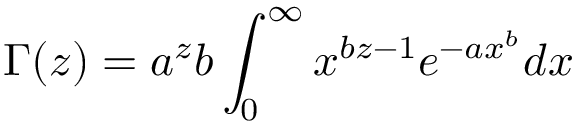
\Gamma ( z ) = a ^ { z } b \int _ { 0 } ^ { \infty } x ^ { b z - 1 } e ^ { - a x ^ { b } } d x